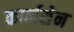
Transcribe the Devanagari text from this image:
कार्लसेन